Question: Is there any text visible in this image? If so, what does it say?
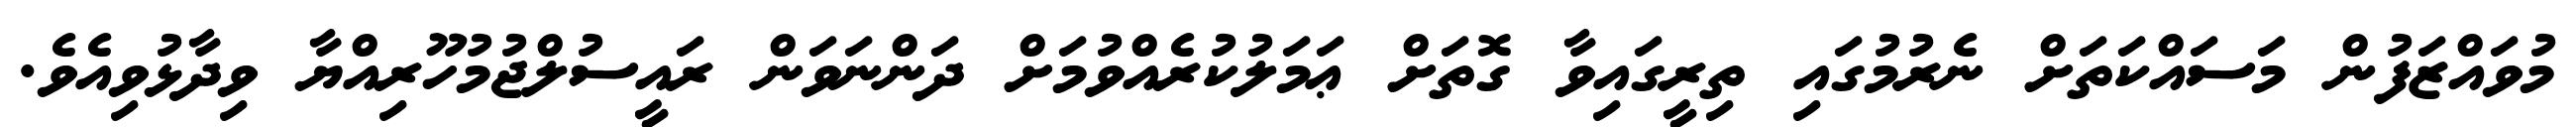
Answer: މުވައްޒަފުން މަސައްކަތަށް ނެރުމުގައި ތިރީގައިވާ ގޮތަށް ޢަމަލުކުރެއްވުމަށް ދަންނަވަން ރައީސުލްޖުމުހޫރިއްޔާ ވިދާޅުވިއެވެ.